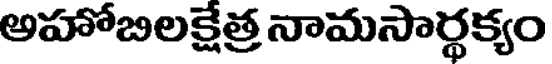
అహోబిలక్షేత్ర నామసార్థక్యం